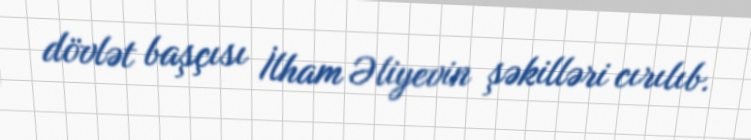
dövlət başçısı İlham Əliyevin şəkilləri cırılıb.